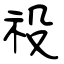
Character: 祋